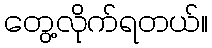
တွေ့လိုက်ရတယ်။